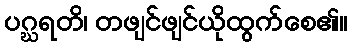
ပဂ္ဃရတိ၊ တဖျင်ဖျင်ယိုထွက်စေ၏။